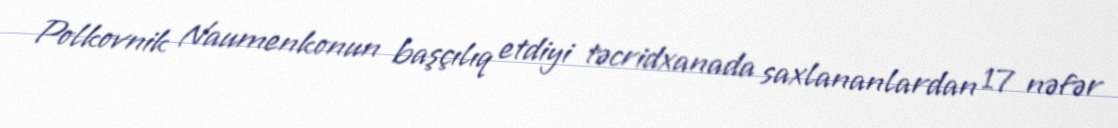
Polkovnik Naumenkonun başçılıq etdiyi təcridxanada saxlananlardan 17 nəfər